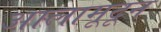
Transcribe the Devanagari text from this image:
आलामूदून